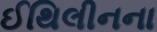
ઈથિલીનના